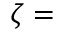
\zeta =